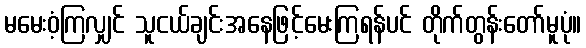
မမေးဝံ့ကြလျှင် သူငယ်ချင်းအနေဖြင့်မေးကြရန်ပင် တိုက်တွန်းတော်မူပုံ။